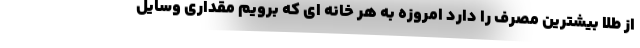
از طلا بیشترین مصرف را دارد امروزه به هر خانه ای که برویم مقداری وسایل